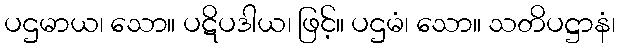
ပဌမာယ၊ သော။ ပဋိပဒါယ၊ ဖြင့်။ ပဌမံ၊ သော။ သတိပဋ္ဌာနံ၊